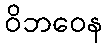
ဝိဘဝေန